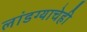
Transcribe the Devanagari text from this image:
लांडग्याचेही